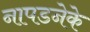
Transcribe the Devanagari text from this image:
नापडनेके